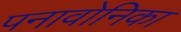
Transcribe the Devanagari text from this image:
पनावोनिका